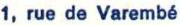
1, rue de Varembé